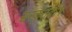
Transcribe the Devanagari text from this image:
संस्कृतकाेष